Lunatic asylums in Bengal annual reports 1899-1911 - 1899-1911
Year: 1899
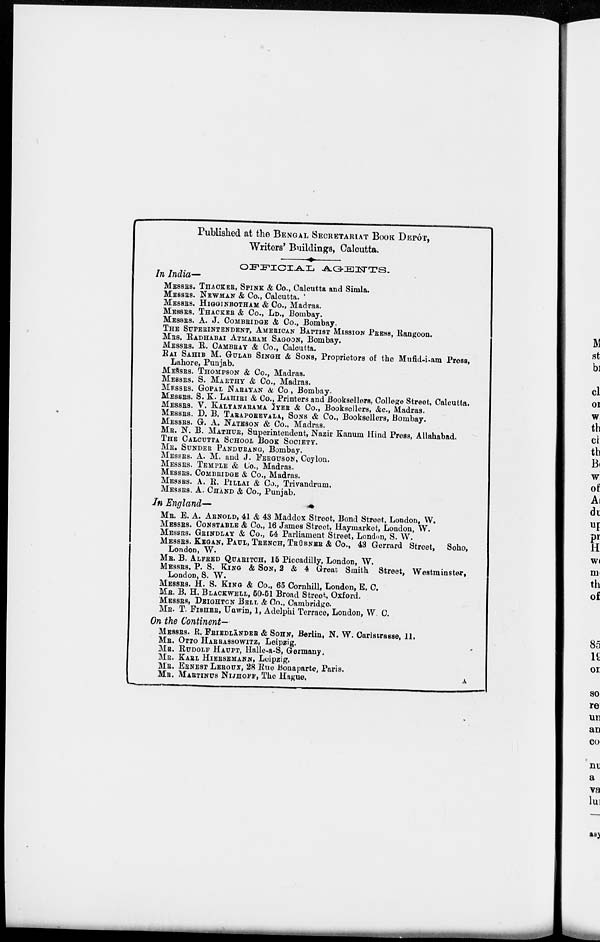
Published at the BENGAL SECRETARIAT BOOK DEPÔT,
Writers' Buildings, Calcutta.
OFFICIAL AGENTS.
In India—
MESSRS. THACKER, SPINK & Co., Calcutta and Simla.
MESSRS. NEWMAN & Co., Calcutta.
MESSRS. HIGGINBOTHAM & Co., Madras.
MESSRS. THACKER & Co., LD., Bombay.
MESSRS. A. J. COMBRIDGE & Co., Bombay.
THE SUPERINTENDENT, AMERICAN BAPTIST MISSION PRESS, Rangoon.
MRS. RADHABAI ATMARAM SAGOON, Bombay.
MESSRS. R. CAMBRAY & Co., Calcutta.
RAI SAHIB M. GULAB SINGH & SONS, Proprietors of the Mufid-i-am Press,
Lahore, Punjab.
MESSRS. THOMPSON & Co., Madras.
MESSRS. S. MARTHY & Co., Madras.
MESSRS. GOPAL NARAYAN & Co., Bombay.
MESSRS. S. K. LAHIRI & Co., Printers and Booksellers, College Street, Calcutta.
MESSRS. V. KALYANARAMA IYER & Co., Booksellers, &c., Madras.
MESSRS. D. B. TARAPOREVALA, SONS & Co., Booksellers, Bombay.
MESSRS. G. A. NATESON & Co., Madras.
MR. N. B. MATHUR, Superintendent, Nazir Kanum Hind Press, Allahabad.
THE CALCUTTA SCHOOL BOOK SOCIETY.
MR. SUNDER PANDURANG, Bombay.
MESSRS. A. M. and J. FERGUSON, Ceylon.
MESSRS. TEMPLE & Co., Madras.
MESSRS. COMBRIDGE & Co., Madras.
MESSRS. A. R. PILLAI & Co., Trivandrum.
MESSRS. A. CHAND & Co., Punjab.
In England—
MR. E. A. ARNOLD, 41 & 43 Maddox Street, Bond Street, London, W.
MESSRS. CONSTABLE & Co., 16 James Street, Haymarket, London, W.
MESSRS. GRINDLAY & Co., 54 Parliament Street, London, S. W.
MESSRS. KEGAN, PAUL, TRENCH, TRÜBNER & Co., 43 Gerrard Street, Soho,
London, W.
MR. B. ALFRED QUARITCH, 15 Piccadilly, London, W.
MESSRS. P. S. KING & SON, 2 & 4 Great Smith Street, Westminster,
London, S. W.
MESSRS. H. S. KING & Co., 65 Cornhill, London, E. C.
MR. B. H. BLACKWELL, 50-51 Broad Street, Oxford.
MESSRS, DEIGHTON BELL & Co., Cambridge.
MR. T. FISHER, Uawin, 1, Adelphi Terrace, London, W C.
On the Continent-
MESSRS. R. FRIEDLÄNDER & SOHN, Berlin, N. W. Carlstrasse, 11.
MR. OTTO HARRASSOWITZ, Leipzig.
MR. RUDOLF HAUPT, Halle-a-S, Germany.
MR. KARL HIERSEMANN, Leipzig.
MR. ERNEST LEROUX, 28 Rue Bonaparte, Paris.
MR. MARTINUS NIJHOFF, The Hague.
A